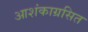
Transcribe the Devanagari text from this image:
आशंकाग्रसित